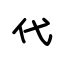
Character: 代